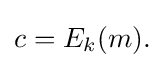
c=E_{k}(m).\!